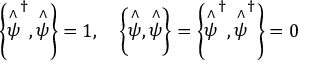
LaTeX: \left\{ \stackrel { \wedge } { \psi } ^ { \dagger } , \stackrel { \wedge } { \psi } \right\} = 1 , \quad \left\{ \stackrel { \wedge } { \psi } , \stackrel { \wedge } { \psi } \right\} = \left\{ \stackrel { \wedge } { \psi } ^ { \dagger } , \stackrel { \wedge } { \psi } ^ { \dagger } \right\} = 0